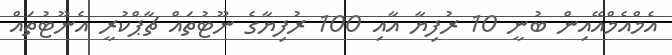
އެމްއެމްއޭއިން ބުނީ 10 ރުފިޔާ އާއި 100 ރުފިޔާގެ ނޫޓުތައް ޗާޕްކުރީ އެނޫޓުތައް